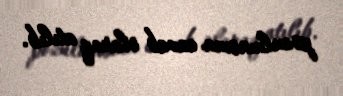
pozulmasına cavab olaraq atılıb.